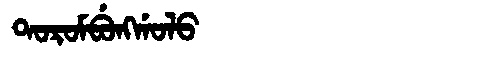
Manchu: ᡨᠣᡵᠣᠮᠪᡠᠩᡤᠣᠯᠣ
Romanization: TOROMBUNGGOLO